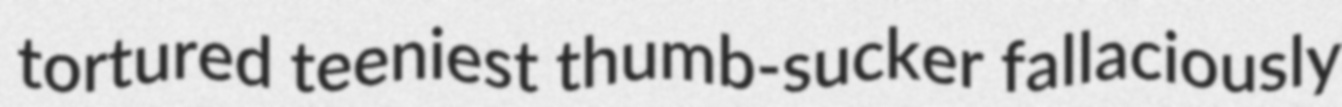
tortured teeniest thumb-sucker fallaciously